Newspaper: Eureka daily sentinel. [volume]
Place of publication: Eureka, Nev.
Publisher: A. Skillman & Co.
Date: 1885-07-23 00:00:00
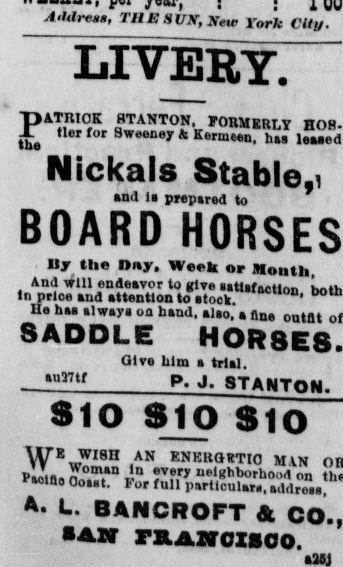
Advertisement text (OCR):
; Aildress, Til E SUX, Xeu- York City. LIVERY. PATRICK STANTON, FORMERLY HOH lne U®r for Sweeney A Kermeen, hsi letted Nickals Stable,, end 1* prepared to BOARD HORSES Ily the Day, Week or Mouth, And will endeavor to give •atlefactlnn Lo, In price and attention to atock b0lh He ban tlwaya on hand, alto, a fine outfit SADDLE HOR8ES. Give him a trial. p. J. STAWTOfil. SIO Sto Sio WEwr.S AVSS&A" Piolfio Ooiet. For full particular., add,£., A. L. BANCROFT A CO., ■AW FRANCISCO.
Label: text-only